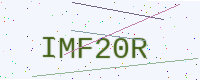
Text: IMF20R